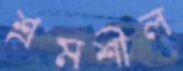
শ্রমশীল